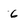
Character: 6